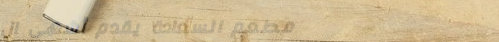
مطعم السعادة يقدم أشهى ال